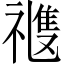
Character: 𥛭